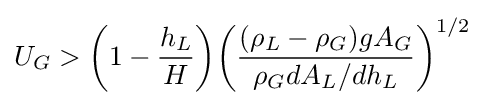
U_{G}>{\left(1-{\frac {h_{L}}{H}}\right)}{\left({\frac {(\rho _{L}-\rho _{G})gA_{G}}{\rho _{G}dA_{L}/dh_{L}}}\right)^{1/2}}